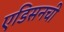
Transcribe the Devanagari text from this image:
एडिसनची